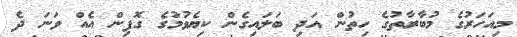
މިއަހަރުގެ މުބާރާތުގެ ހިތުން އަދި ބަލައިގެން ކިޔެވުމުގެ ގޮފިން އެއް ވަނަ ދެ